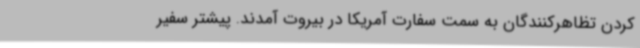
کردن تظاهرکنندگان به سمت سفارت آمریکا در بیروت آمدند. پیشتر سفیر